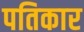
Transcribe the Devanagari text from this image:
पतिकार